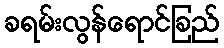
ခရမ်းလွန်ရောင်ခြည်